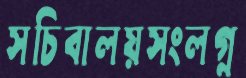
সচিবালয়সংলগ্ন